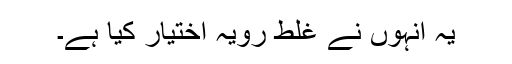
یہ انہوں نے غلط رویہ اختیار کیا ہے۔